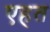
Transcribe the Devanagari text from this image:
एहत